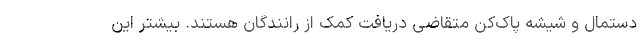
دستمال و شیشه پاک‌کن متقاضی دریافت کمک از رانندگان هستند. بیشتر این